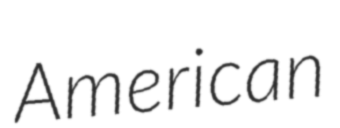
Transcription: American